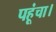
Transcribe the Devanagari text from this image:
पहूंचा।